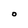
Character: O